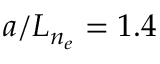
a / L _ { n _ { e } } = 1 . 4